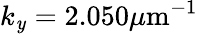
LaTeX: k_{\mathit{y}}=2.050\mu\mathrm{{m}}^{-1}